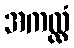
အကလ္လံ